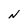
Character: N